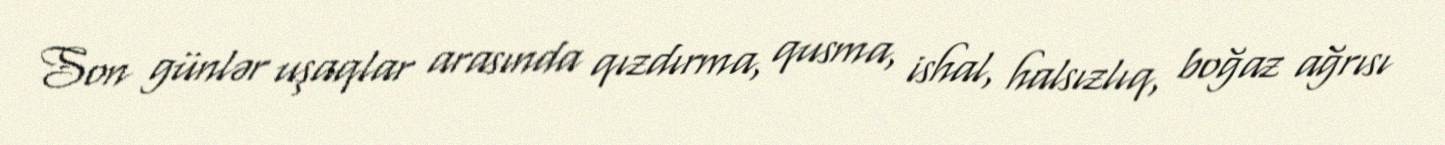
Son günlər uşaqlar arasında qızdırma, qusma, ishal, halsızlıq, boğaz ağrısı